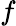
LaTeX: f